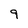
Character: 9